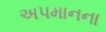
અપમાનના